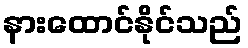
နားထောင်နိုင်သည်